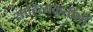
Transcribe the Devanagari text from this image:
साहित्यकृतींशी